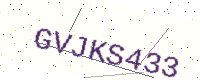
Text: GVJKS433